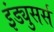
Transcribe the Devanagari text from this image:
इंड्युसर्स